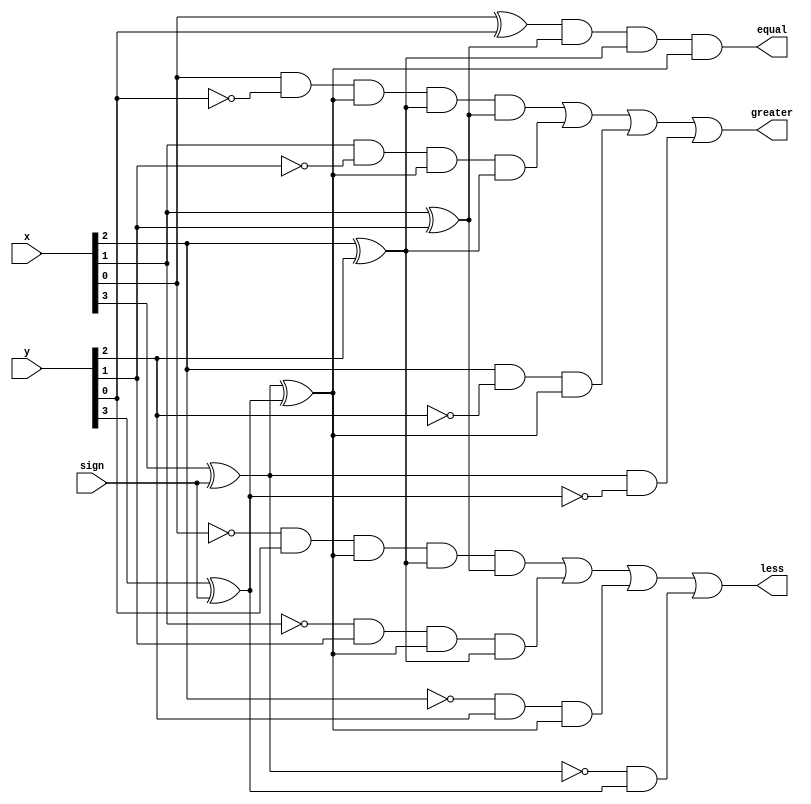
`timescale 1ns / 1ps
//////////////////////////////////////////////////////////////////////////////////
// Company: 
// 
// Design Name: 
// Module Name: comparatorX4
// Project Name: 
// Target Devices: 
// Tool Versions: 
// Description: 
// 
// Dependencies: 
// 
// Revision:
// Revision 0.01 - File Created
// Additional Comments:
// 
//////////////////////////////////////////////////////////////////////////////////


module comparatorX4(
    output equal,
    output greater,
    output less,
    input [3:0] x,
    input [3:0] y,
    input sign
    );
    
    // sign = 1 for signed numbers, for unsigned numbers sign = 0
    wire x3, y3;
    xor(x3, x[3], sign);
    xor(y3, y[3], sign);
    
    // for checking for equality
    wire eq0, eq1, eq2, eq3;
    xor(eq0, x[0], y[0]);
    xor(eq1, x[1], y[1]);
    xor(eq2, x[2], y[2]);
    xor(eq3, x3, y3);
    
    and(equal, eq0, eq1, eq2, eq3);
    
    // for checking for x > y
    wire gr0, gr1, gr2, gr3;
    and(gr3, x3, ~y3);
    and(gr2, x[2], ~y[2], eq3);
    and(gr1, x[1], ~y[1], eq3, eq2);
    and(gr0, x[0], ~y[0], eq3, eq2, eq1);
    
    or(greater, gr0, gr1, gr2, gr3);
    
    // for checking x < y
    wire le0, le1, le2, le3;
    and(le3, ~x3, y3);
    and(le2, ~x[2], y[2], eq3);
    and(le1, ~x[1], y[1], eq3, eq2);
    and(le0, ~x[0], y[0], eq3, eq2, eq1);
    
    or(less, le0, le1, le2, le3);
endmodule